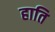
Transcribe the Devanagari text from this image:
हाति